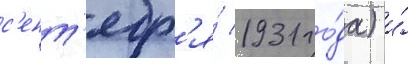
с'ент'ябр'я́ 1931 го́да) и́